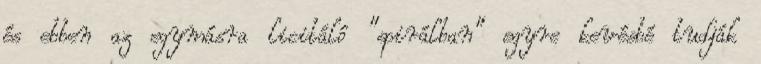
és ebben az egymásra licitáló “spirálban” egyre kevésbé tudják